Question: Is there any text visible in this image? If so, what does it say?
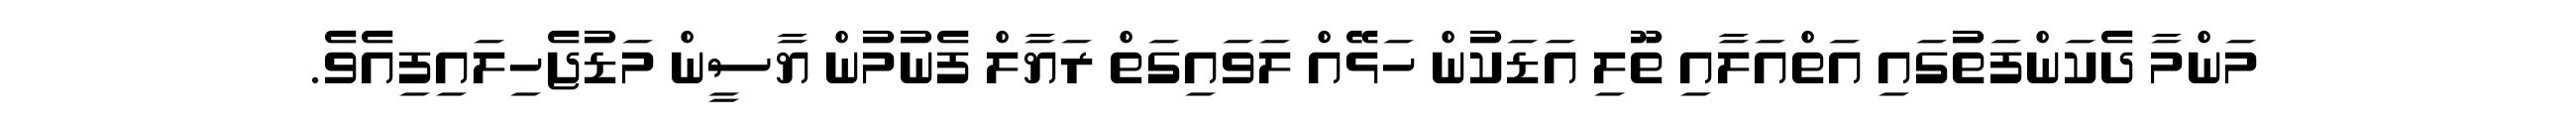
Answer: މަންމާ ދެކަންފަތުގައި އަތްއަލާއި ތޫލި އަޑަކުން ހަޅޭއް ލަވައިގަތް ރަޔާލް ފެނުމުން ޔާސީން މަޑުޖެހިލައިފިއެވެ.